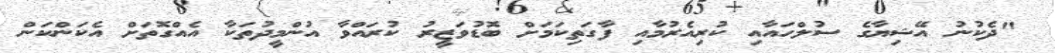
"ދެކުނު އޭޝިޔާގެ ސުލްހައާއި ކުރިއެރުމާއި ފާގަތިކަމަށް ބޮޑުވަޒީރު ކުރައްވާ އުންމީދުތަކާ އެއްގޮތަށް އެކަންކަން